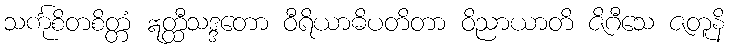
သင်္ကုစိတစိတ္တံ ဣတ္ထီသဒ္ဒတော ဝီရိယာဓိပတိတာ ဝိညာယာတိ ဇိဂီသေ ဇတူနိ